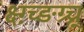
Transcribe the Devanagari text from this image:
क्ष्ग़्च्ङग्र्च्र्